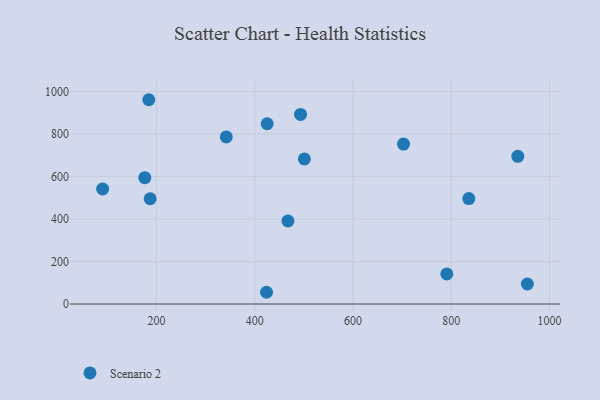
{"axis": {"x": "Experience", "y": "Yield"}, "legend": ["Scenario 2"], "data": [{"x": "501.1", "y": 683.0, "type": "Scenario 2"}, {"x": "835.6", "y": 496.3, "type": "Scenario 2"}, {"x": "935.3", "y": 695.1, "type": "Scenario 2"}, {"x": "187.3", "y": 495.4, "type": "Scenario 2"}, {"x": "425.4", "y": 848.6, "type": "Scenario 2"}, {"x": "954.8", "y": 94.2, "type": "Scenario 2"}, {"x": "790.9", "y": 141.5, "type": "Scenario 2"}, {"x": "702.8", "y": 752.7, "type": "Scenario 2"}, {"x": "342.2", "y": 786.6, "type": "Scenario 2"}, {"x": "176.4", "y": 594.7, "type": "Scenario 2"}, {"x": "184.5", "y": 961.7, "type": "Scenario 2"}, {"x": "424.1", "y": 55.2, "type": "Scenario 2"}, {"x": "90.6", "y": 541.3, "type": "Scenario 2"}, {"x": "493.3", "y": 892.3, "type": "Scenario 2"}, {"x": "467.7", "y": 391.2, "type": "Scenario 2"}]}